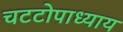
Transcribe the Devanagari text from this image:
चटटोपाध्याय